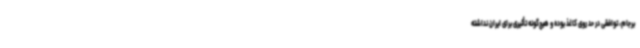
برجام، توافقی در حد روی کاغذ بوده و هیچ‌گونه تأثیری برای ایران نداشته